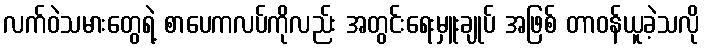
လက်ဝဲသမားတွေရဲ့ စာပေကလပ်ကိုလည်း အတွင်းရေးမှူးချုပ် အဖြစ် တာဝန်ယူခဲ့သလို